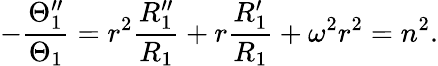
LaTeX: -\frac{\Theta_{1}^{\prime\prime}}{\Theta_{1}}=r^{2}\frac{R_{1}^{\prime\prime}}{R_{1}}+r\frac{R_{1}^{\prime}}{R_{1}}+\omega^{2}r^{2}=n^{2}.